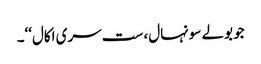
جو بولے سونہال، ست سری اکال‘‘۔